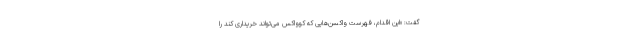
گفت: «این اقدام، فهرست واکسن‌هایی که کوواکس می‌تواند خریداری کند را